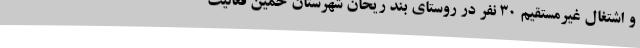
و اشتغال غیرمستقیم 30 نفر در روستای بند ریحان شهرستان خمین فعالیت